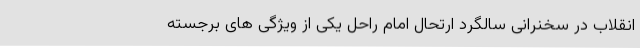
انقلاب در سخنرانی سالگرد ارتحال امام راحل یکی از ویژگی های برجسته